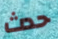
حدث